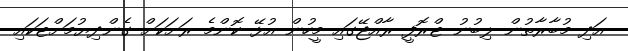
އަދި މުބާރާތުން ލިބުނު ޓްރޮފީ ރާއްޖޭގައި މީހުން އުޅޭ ކޮންމެ ރަށަކަށް ގެންދިޔުމަށްޓަކައި